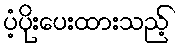
ပံ့ပိုးပေးထားသည့်